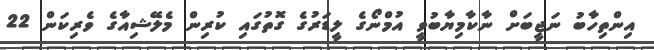
އިންތިހާބު ނަޖީބަށް ނާކާމިޔާބުވީ އުމްނޯގެ ލީޑަރުގެ ގޮތުގައި ކުރިން މެލޭޝިއާގެ ވެރިކަން 22